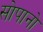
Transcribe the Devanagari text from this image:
सोपानो